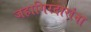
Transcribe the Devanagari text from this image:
जहागिरदारांना